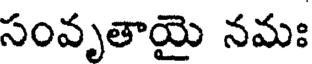
సంవృతాయై నమః